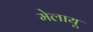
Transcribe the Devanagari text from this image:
मेलायू